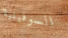
السوفيتية